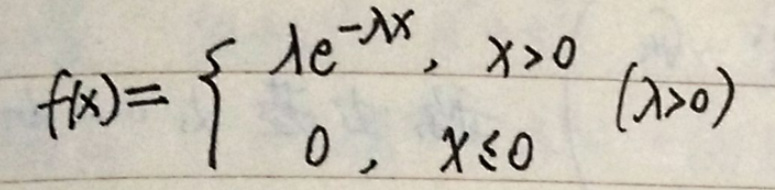
\[
f(x)=\begin{cases}
\lambda e^{-\lambda x}, & x > 0 \\
0, & x \leq 0
\end{cases}(\lambda>0)
\]